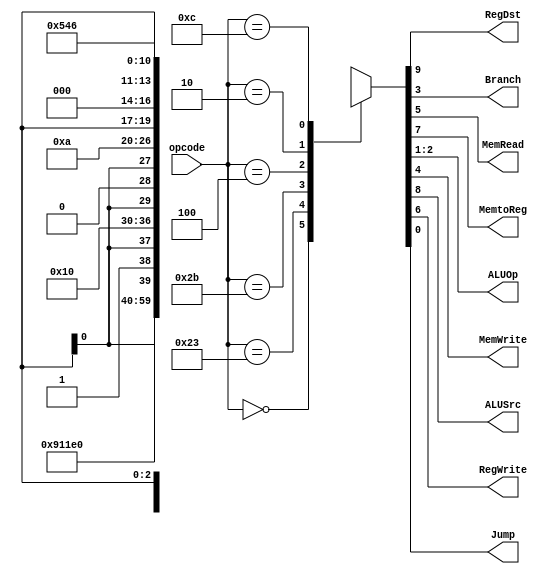
// Main Controller
module Control(opcode,RegDst,Branch,MemRead,MemtoReg,ALUOp,MemWrite,ALUSrc,RegWrite,Jump);
	input [5:0] opcode;
	output [1:0] ALUOp;
	output RegDst,Branch,MemRead,MemtoReg,MemWrite,ALUSrc,RegWrite,Jump;
	reg [1:0] ALUOp;
	reg RegDst,Branch,MemRead,MemtoReg,MemWrite,ALUSrc,RegWrite,Jump;
	parameter R_Format = 6'b000000, LW = 6'b100011, SW = 6'b101011, BEQ=6'b000100, J = 6'b000010, Andi = 6'b001100;
	
	always @(opcode)
	begin
		case(opcode)
			R_Format:{RegDst,ALUSrc,MemtoReg,RegWrite,MemRead,MemWrite,Branch,ALUOp,Jump}=
				10'b 1001000100;
			LW: {RegDst,ALUSrc,MemtoReg,RegWrite,MemRead,MemWrite,Branch,ALUOp,Jump}=
				10'b 0111100000;
			SW: {RegDst,ALUSrc,MemtoReg,RegWrite,MemRead,MemWrite,Branch,ALUOp,Jump}=
				10'b x1x0010000;
			BEQ: {RegDst,ALUSrc,MemtoReg,RegWrite,MemRead,MemWrite,Branch,ALUOp,Jump}=
				10'b x0x0001010;
			J: {RegDst,ALUSrc,MemtoReg,RegWrite,MemRead,MemWrite,Branch,ALUOp,Jump}=
				10'b xxx000xxx1;
			// RegDst: don't care, ALUSrc: don't care, MemtoReg: don't care, Regwrite: None, MemRead: None, MemWrite: None, Branch: don't care, ALUOp: don't care, Jump: jump
			Andi: {RegDst,ALUSrc,MemtoReg,RegWrite,MemRead,MemWrite,Branch,ALUOp,Jump}=
				10'b 0101000110;
			// RegDst now becomes rt rather than rd, ALUSrc now becomes the signed offset immediate value, ALUOp now becomes (and) 4'b0000;
			default: {RegDst,ALUSrc,MemtoReg,RegWrite,MemRead,MemWrite,Branch,ALUOp,Jump}=
				10'b xxxxxxxxxx;
		endcase
	end
	
endmodule